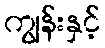
ကျွန်းနှင့်